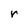
Character: r